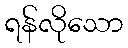
ရန်လိုသော